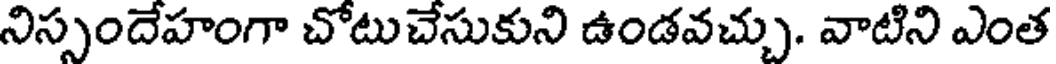
నిస్సందేహంగా చోటుచేసుకుని ఉండవచ్చు. వాటిని ఎంత